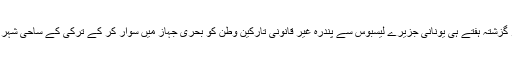
تاہم یونانی پولیس کے مطابق یہ سلسلہ جاری ہے اور گزشتہ ہفتے ہی یونانی جزیرے لیسبوس سے پندرہ غیر قانونی تارکین وطن کو بحری جہاز میں سوار کر کے ترکی کے ساحی شہر ڈیکیلی میں قائم پناہ گزینوں کے مرکز بھیجا گیا ہے۔